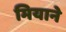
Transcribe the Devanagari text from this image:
मियाने